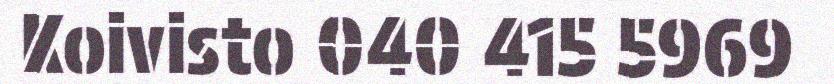
Koivisto 040 415 5969